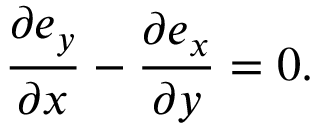
\frac { \partial e _ { y } } { \partial x } - \frac { \partial e _ { x } } { \partial y } = 0 .